38_143685_box7_Incident_Summaries_1-100
Agency: Department of War
Page 153
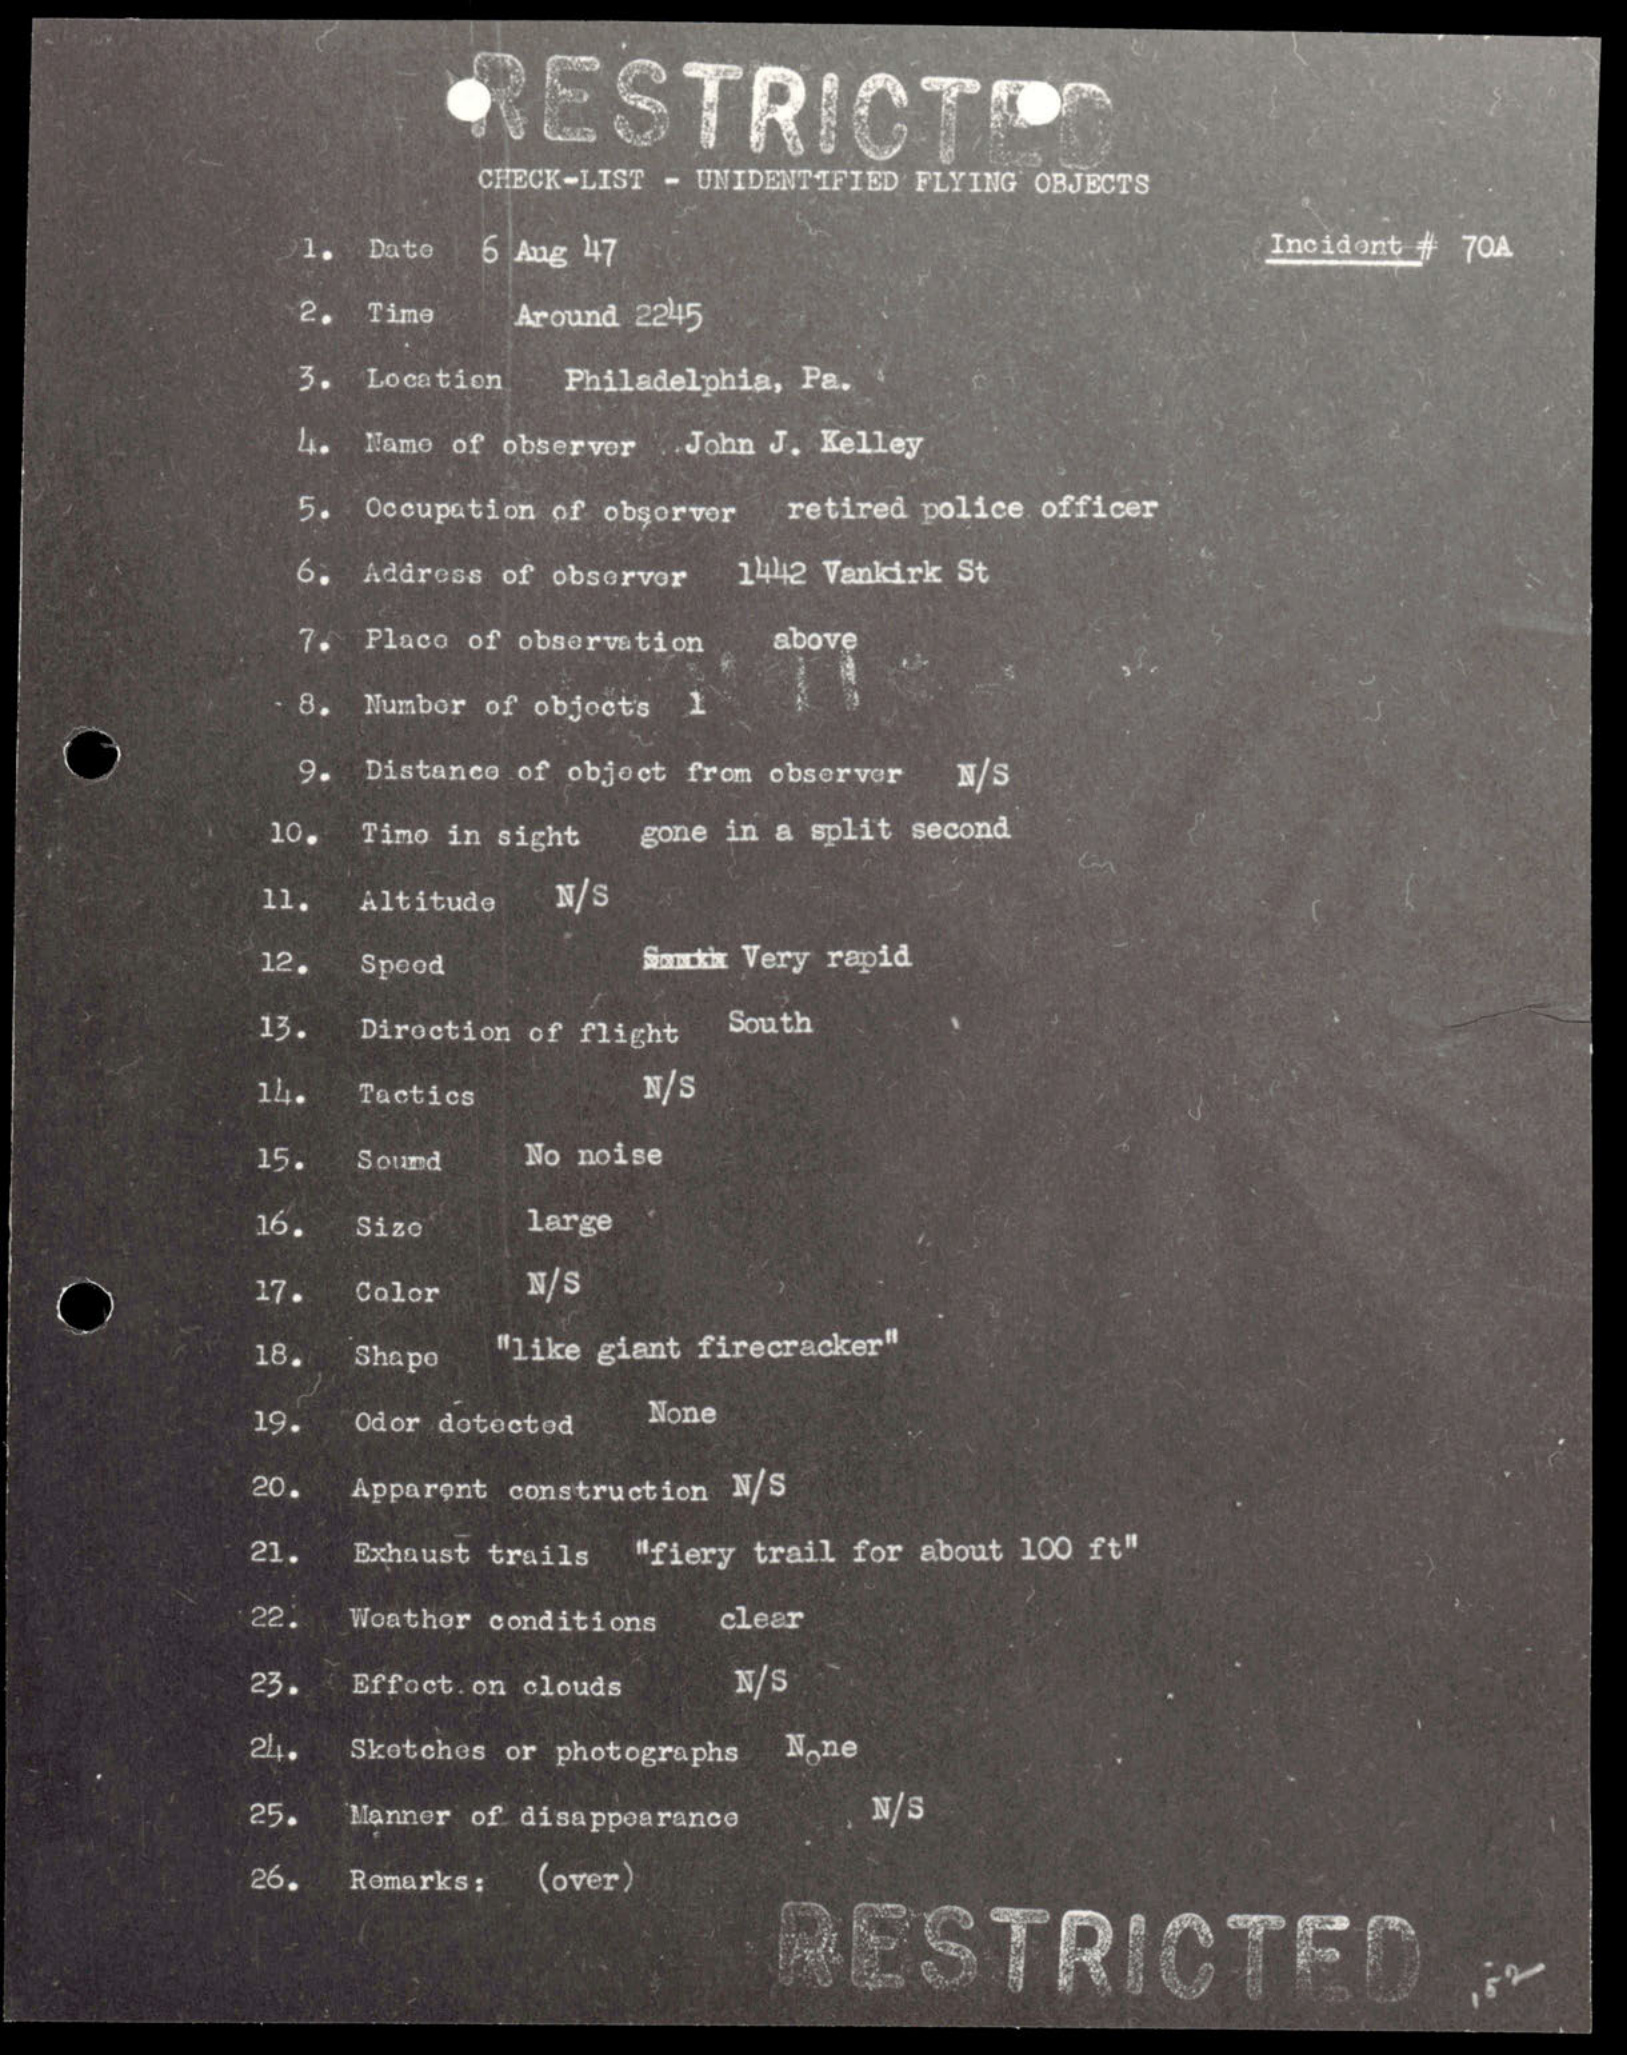